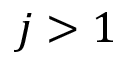
j > 1